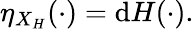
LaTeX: \begin{array}{r}{\eta_{X_{H}}(\cdot)=\mathrm{d}H(\cdot).}\end{array}